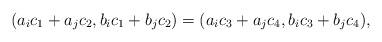
LaTeX: \begin{align*}(a_ic_1+a_jc_2,b_ic_1+b_jc_2)=(a_ic_3+a_jc_4,b_ic_3+b_jc_4),\end{align*}